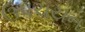
ઉપચયન